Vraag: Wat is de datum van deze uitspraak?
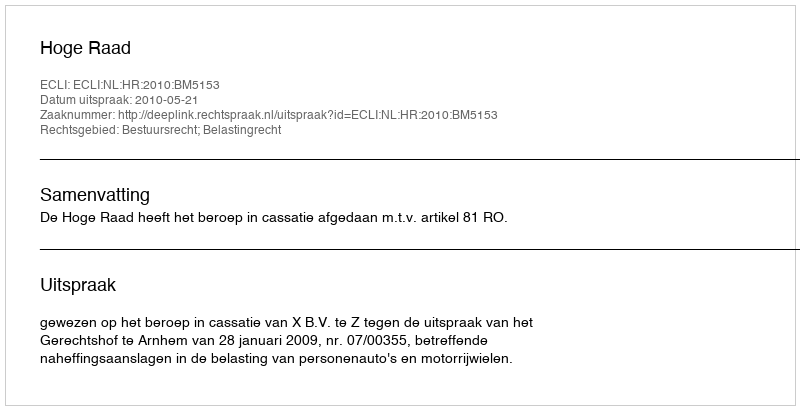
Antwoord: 2010-05-21